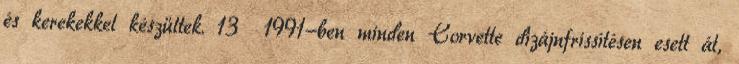
és kerekekkel készültek. 13 1991-ben minden Corvette dizájnfrissítésen esett át,